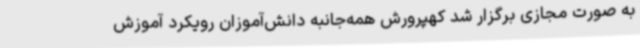
به صورت مجازی برگزار شد کهپرورش همه‌جانبه دانش‌آموزان رویکرد آموزش